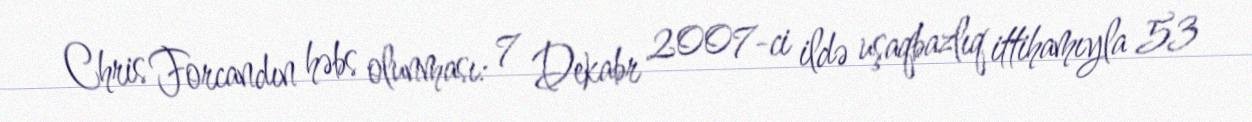
Chris Forcandın həbs olunması: 7 Dekabr 2007-ci ildə uşaqbazlıq ittihamıyla 53